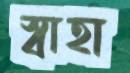
স্বাহা